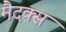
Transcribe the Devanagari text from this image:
मैदक्स